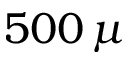
5 0 0 \, \mu